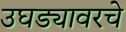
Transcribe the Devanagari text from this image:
उघड्यावरचे